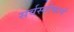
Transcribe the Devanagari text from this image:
सर्वस्वीकार्य